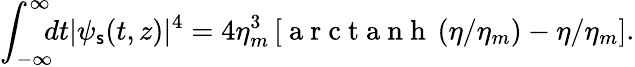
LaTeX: \int_{-\infty}^{\infty}\! \! \! dt|\psi_{\mathsf{s}}(t,z)|^{4}=4\eta_{m}^{3}\left[\mathrm{{~a~r~c~t~a~n~h~}}\left(\eta/\eta_{m}\right)-\eta/\eta_{m}\right].